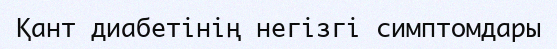
Қант диабетінің негізгі симптомдары